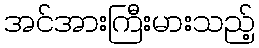
အင်အားကြီးမားသည့်